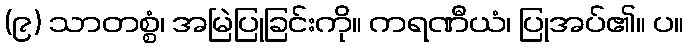
(၉) သာတစ္စံ၊ အမြဲပြုခြင်းကို။ ကရဏီယံ၊ ပြုအပ်၏။ ပ။